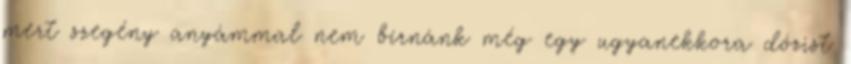
mert szegény anyámmal nem bírnánk még egy ugyanekkora dózist